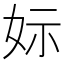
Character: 𡛭